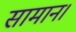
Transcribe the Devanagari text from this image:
सामान।